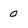
Character: 0